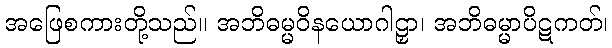
အဖြေစကားတို့သည်။ အဘိဓမ္မဝိနယောဂါဠှာ၊ အဘိဓမ္မာပိဋကတ်၊